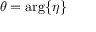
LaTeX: \theta = \arg \{ \eta \}